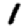
Digit: 1